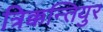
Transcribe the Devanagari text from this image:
त्रिक्कन्तियुर